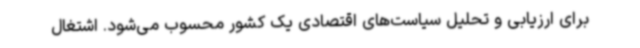
برای ارزیابی و تحلیل سیاست‌های اقتصادی یک کشور محسوب می‌شود. اشتغال